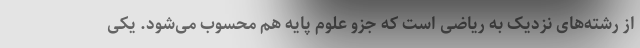
از رشته‌های نزدیک به ریاضی است که جزو علوم پایه هم محسوب می‌شود. یکی